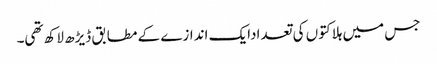
جس میں ہلاکتوں کی تعدادایک اندازے کے مطابق ڈیڑھ لاکھ تھی۔